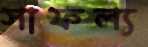
সাফল্য